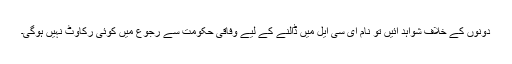
دونوں کے خلاف شواہد آئیں تو نام ای سی ایل میں ڈالنے کے لیے وفاقی حکومت سے رجوع میں کوئی رکاوٹ نہیں ہوگی۔